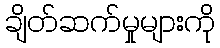
ချိတ်ဆက်မှုများကို